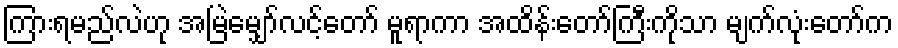
ကြားရမည်လဲဟု အမြဲမျှော်လင့်တော် မူရာကာ အထိန်းတော်ကြီးကိုသာ မျက်လုံးတော်က